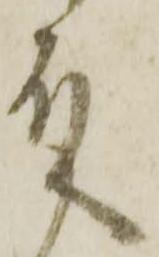
殿